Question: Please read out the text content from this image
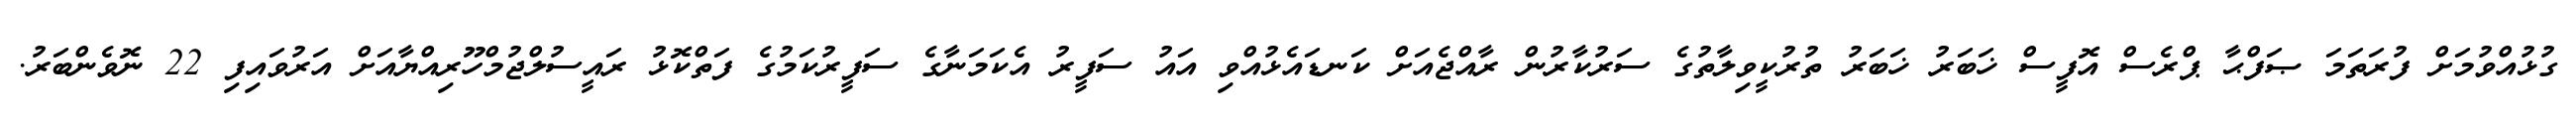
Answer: ގުޅުއްވުމަށް ފުރަތަމަ ޞަފްޙާ ޕްރެސް އޮފީސް ޚަބަރު ޚަބަރު ތުރުކީވިލާތުގެ ސަރުކާރުން ރާއްޖެއަށް ކަނޑައެޅުއްވި އައު ސަފީރު އެކަމަނާގެ ސަފީރުކަމުގެ ފަތްކޮޅު ރައީސުލްޖުމްހޫރިއްޔާއަށް އަރުވައިފި 22 ނޮވެންބަރު.